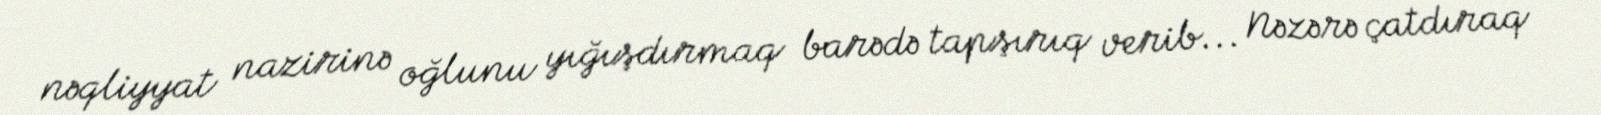
nəqliyyat nazirinə oğlunu yığışdırmaq barədə tapşırıq verib... Nəzərə çatdıraq